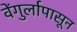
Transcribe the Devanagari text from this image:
वेंगुर्लापासून